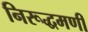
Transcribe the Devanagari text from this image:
निरूद्धमणी